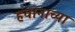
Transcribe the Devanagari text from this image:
हवानाच्या